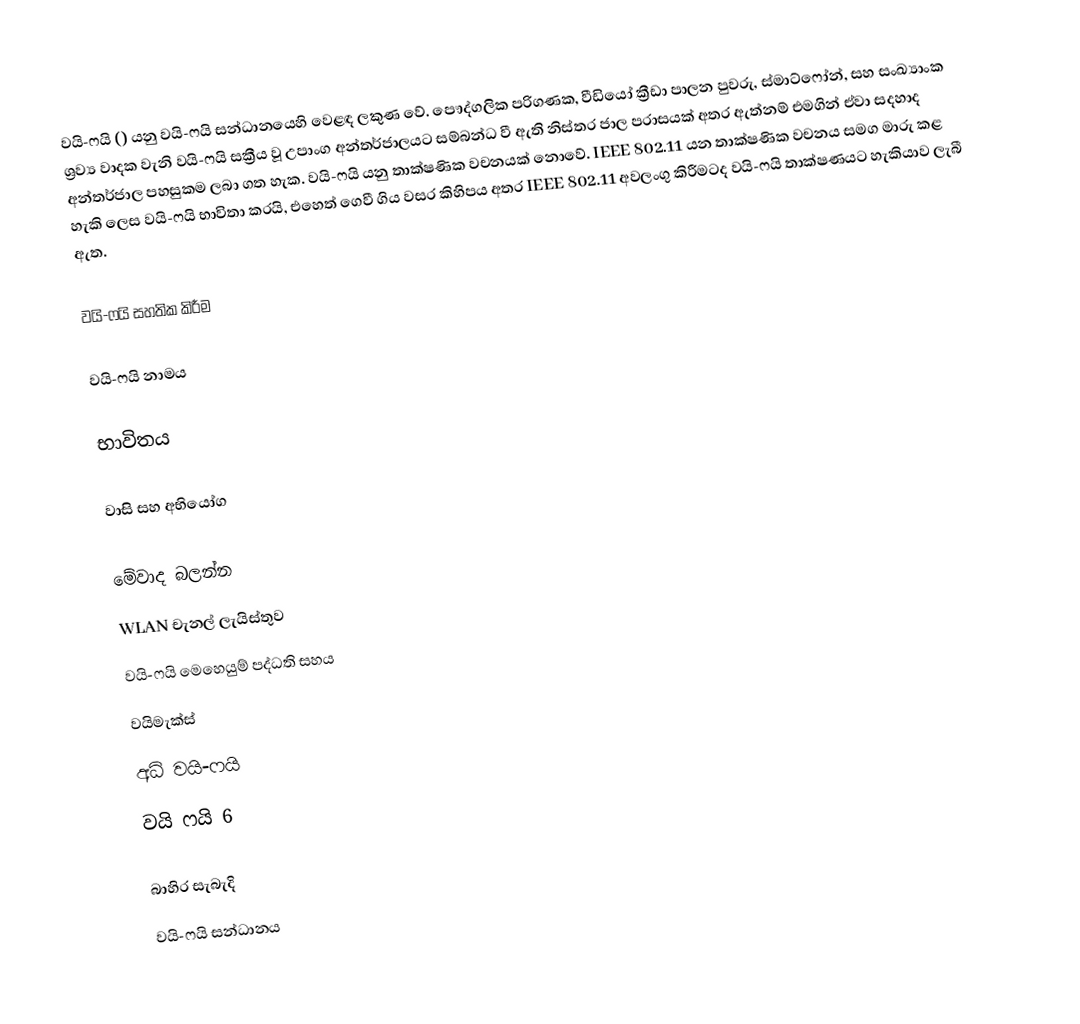
වයි-ෆයි () යනු වයි-ෆයි සන්ධානයෙහි වෙළඳ ලකුණ වේ. පෞද්ගලික පරිගණක, වීඩියෝ ක්‍රීඩා පාලන පුවරු, ස්මාට්ෆෝන්, සහ සංඛ්‍යාංක ශ්‍රව්‍ය වාදක වැනි වයි-ෆයි සක්‍රීය වූ උපාංග අන්තර්ජාලයට සම්බන්ධ වී ඇති නිස්තර ජාල පරාසයක් අතර ඇත්නම් එමගින් ඒවා සදහාද   අන්තර්ජාල පහසුකම ලබා ගත හැක. වයි-ෆයි යනු තාක්ෂණික වචනයක් නොවේ. IEEE 802.11 යන තාක්ෂණික වචනය සමග මාරු කළ හැකි ලෙස වයි-ෆයි භාවිතා කරයි, එහෙත් ගෙවී ගිය වසර   කිහිපය අතර IEEE 802.11 අවලංගු කිරීමටද වයි-ෆයි තාක්ෂණයට හැකියාව ලැබී ඇත.

වයි-ෆයි සහතික කිරීම

වයි-ෆයි නාමය

භාවිතය

වාසි සහ අභියෝග

මේවාද බලන්න
 WLAN චැනල් ලැයිස්තුව
 වයි-ෆයි මෙහෙයුම් පද්ධති සහය
 වයිමැක්ස්
 අධි වයි-ෆයි
වයි ෆයි 6

බාහිර සැබැදි
 වයි-ෆයි සන්ධානය